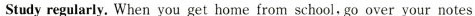
Study regularly. When you get home from school, go over your notes,